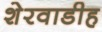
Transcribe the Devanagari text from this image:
शेरवाडीह